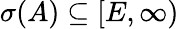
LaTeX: \sigma(A)\subseteq[E,\infty)